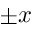
\pm x